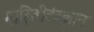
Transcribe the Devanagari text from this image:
माहितीतंत्रज्ञान